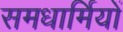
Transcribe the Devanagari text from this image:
समधार्मियों